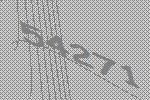
54271